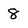
Character: 8